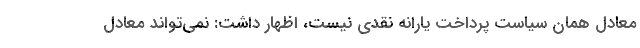
معادل همان سیاست پرداخت یارانه نقدی نیست، اظهار داشت: نمی‌تواند معادل